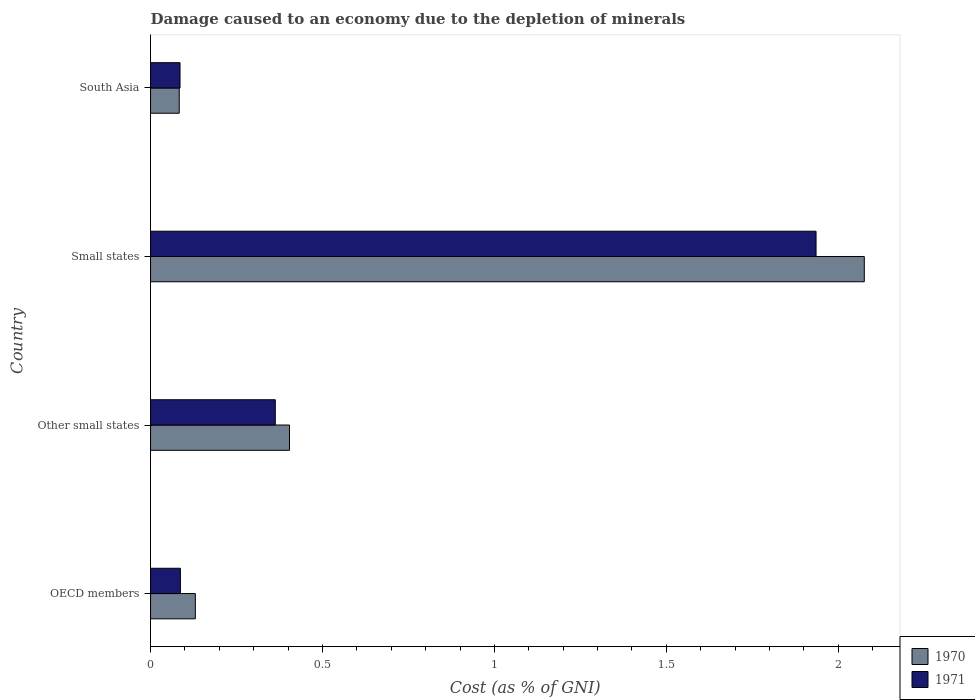
| Country | 1970 | 1971 |
 | --- | --- | --- |
 | OECD members | 0.13 | 0.0869 |
 | Other small states | 0.404 | 0.363 |
 | Small states | 2.08 | 1.94 |
 | South Asia | 0.0834 | 0.0858 |